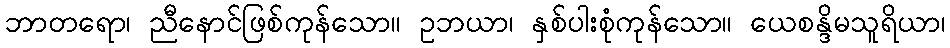
ဘာတရော၊ ညီနောင်ဖြစ်ကုန်သော။ ဥဘယာ၊ နှစ်ပါးစုံကုန်သော။ ယေစန္ဒိမသူရိယာ၊